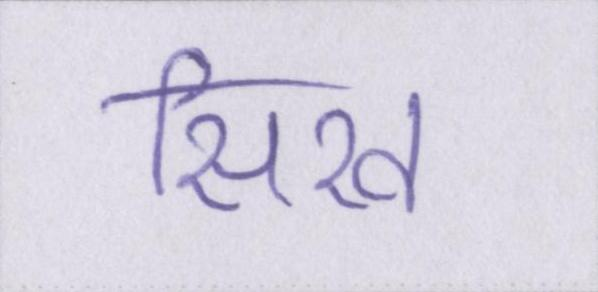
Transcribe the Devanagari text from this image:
सिख